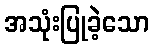
အသုံးပြုခဲ့သော